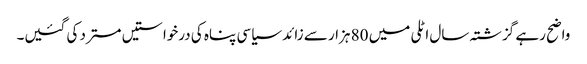
واضح رہے گزشتہ سال اٹلی میں 80 ہزار سے زائد سیاسی پناہ کی درخواستیں مسترد کی گئیں۔